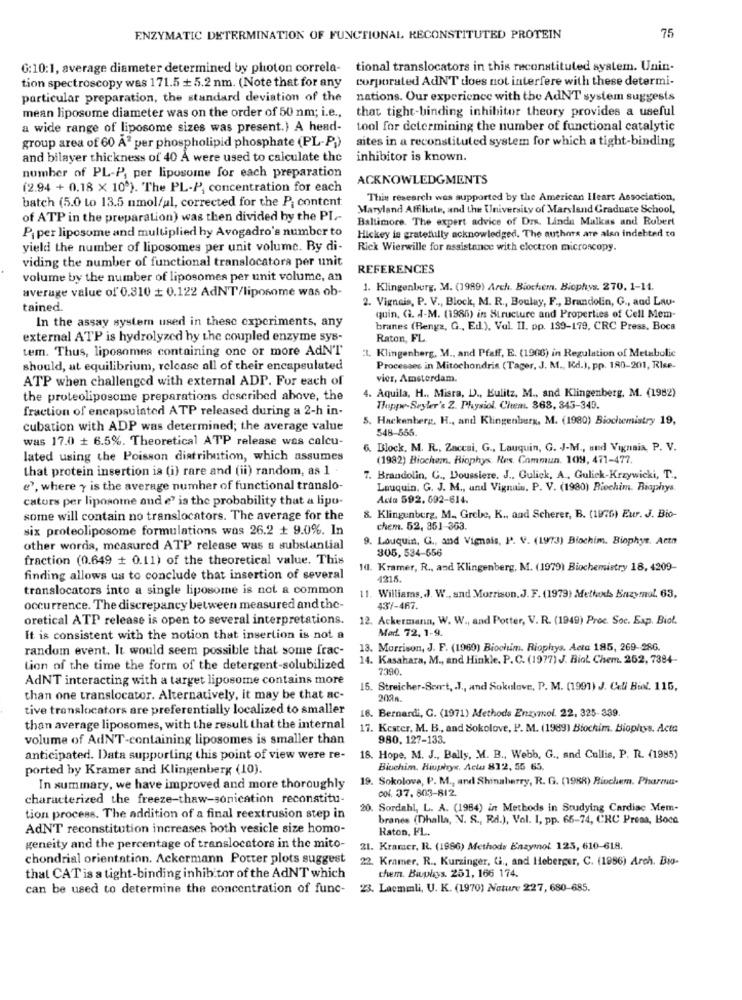
75
ENZYMATIC DETERMINATION OF FUNCTIONAL RECONSTITUTED PROTEIN
G:10:1, average diameter determined by photon correla- tional translocators in this reconstituted system. Unin-
corporated AdNT does not interfere with these determi-
tion spectroscopy was 171.5 + 5.2 nm. (Note that for any
particular preparation, the standard deviation of the
nations. Our experience with the AdNT system suggests
that tight-binding inhibitor theory provides a useful
mean liposome diameter was on the order of 50 nm; i.e .,
a wide range of liposome sizes was present.) A head-
tool for determining the number of functional catalytic
group area of 60 A2 per phospholipid phosphate (PL-P))
sites in a reconstituted system for which a tight-binding
and bilayer thickness of 40 A were used to calculate the
inhibitor is known.
number of PL-P, per liposome for each preparation
ACKNOWLEDGMENTS
(2.94 + 0.18 × 109). The PL-P, concentration for each
batch (5.0 Lo 13.5 nmol/ul, corrected for the P; content.
This research was supported by the American Heart Association,
Maryland Affiliate, and the University of Maryland Graduate School,
of ATP in the preparation) was then divided by the PI .-
Baltimore. The expert advice of Dr. Linda Malkas and Robert
P, per liposome and multiplied hy Avogadro's number to
Hickey is gratefully acknowledged. The authors are also indebted to
yield the number of liposomes per unit volume. By di-
Rick Wierwille for assistance with electron microscopy.
viding the number of functional translocatora per unit
REFERENCES
volume by the number of liposomes per unit volume, an
average value of 0.810 + 0.122 AdNT/liposome was ob-
1. Klingenberg, M. (1989) Arch. Biochem. Biophys. 270. 1-11.
2. Vigneis, P. V ., Block, M. R ., Boulay, F ., Brandolin, G ., and Lau-
tained.
In the assay system used in these experiments, any
quin, G. d-M. (1986) in Structure and Properties of Cell Mem-
branes (Renga, G ., Ed.), Val. Il. pp. 139-179, CRC Press, Boca
external ATP is hydrolyzed by the coupled enzyme sys-
Raton, FL.
tem. Thus, liposomes containing one or more AdN'T
:1. Klingenberg, M ., and Pfaff, E. (1906) in Regulation of Metabolic
should, at equilibrium, release all of their encapsulated
Processes in Mitochondris (Tager, J. M ., Ed.), pp. 180-201, Rise-
ATP when challenged with external ADP. For each of
vier, Amsterdam.
4. Aquila, H .. Mista, D) ., Eulitz, M ., and Klingenberg, M. (1982)
the proteoliposome preparations described above, the
fraction of encapsulated ATP released during a 2-h in-
Thippre-Seyler's Z. Physiol. Chem. 368, 345-349.
S. Hackenberg, H ., and Klingenberg, M. (1980) Biochemistry 19,
cubation with ADP was determined; the average value
548-555
was 17.0 + 6.5%. Theoretical ATP release was calcu-
6. Block, M. R ., Zaccai. G ., Lauquin, G. J-M ., und Vignaia, P. V.
lated using the Poisson distribution, which assumes
(1982) Biochem. Riophys. Res. Commun. 109, 471-477.
that protein insertion is (i) rare and (ii) random, as 1
7. Brandolin, G ., Doussiere. J ., Gulick, A ., Gulick-Krzywicki, T .,
e', where y is the average number of functional translo-
Lauquin. G. J. M ., und Vignuis. P. V. (1990) Biochim. Biophys.
cators per liposome and e' is the probability that a lipo-
Acta 592. 692-614.
some will contain no translocators. The average for the
8. Klingenberg, M ., Grebe, K ., and Scherer, B. (1970) Eur. J. Bio-
six proteoliposome formulations was 26.2 + 9.0%. In
chem. 52, 851-363.
9. Louquin, G ., and Vignais, P. V. (1973) Biochim. Biophys. Actn
other words, measured ATP release was a substantial
305, 534-556
fraction (0.649 + 0.11) of the theoretical value. This
10. Kramer, R ., and Klingenberg, M. (1979) Biochemistry 18, 4209-
finding allows us to conclude that insertion of several
421.5.
translocators into a single liposome is not a common
11. Williams, J. W ., and Morrison. J. F. (1979) Methods Enzymol. 63,
occurrence. The discrepancy between measured and the-
437-467.
oretical ATP release is open to several interpretations.
12. Ackermann, W. W ., and Potter, V. R. (1949) Proc. Soc. Exp. Biol.
Med. 72, 1-9.
It is consistent with the notion that insertion is not a
random event. It would seem possible that some frac-
13. Morrison, J. F. (1960) Biochuim. Riophys. Acta 185, 269-286.
14. Kasahara, M ., and Hinkle. P.C. (1977) J. Biol Chem. 252, 7384-
tion of the time the form of the detergent-solubilized
7390
AdNT interacting with a target liposome contains more
15. Streicher-Sont, J ., and Sokulave, P. M. (1991) J. Cell Biol. 115,
than one translocator. Alternatively, it may be that ac-
202A
tive tronslocators are preferentially localized to smaller
16. Bernardi, G. (1971) Methods Enzymol. 22, 325-339.
than average liposomes, with the result that the internal
17. Kester, M. B ., and Sokolove, P. M. (1989) Biochim. Biop/tys. Acta
volume of AdNT-containing liposomes is smaller than
980, 127-133.
anticipated. Data supporting this point of view were re-
18. Hope, M. J ., Bally, . M. B ., Webb, G ., and Cullis, P. R. (1985)
ported by Kramer and Klingenberg (10).
Biuchim. Hiuphys. Actu 812, 55 65.
19. Sokolova, P. M ., and Shinaberry, R. G. (1988) Biochem. Pharma-
In summary, we have improved and more thoroughly
cof. 37. 803-812.
characterized the freeze-thaw-sonication reconstitu-
20. Sordahl, L. A. (1984) in Methods in Studying Cardiac Mem-
tion process. The addition of a final reextrusion step in
branes (Dhalla, N. S ., Rd.), Vol. I, pp. 65-74, CRC Press, Boca
AdNT reconstitution increases hoth vesicle size homo-
Raton, FL.
geneity and the percentage of translocators in the mito-
21. Kramer, R. (1986) Methods Enzymol 125, 610-618.
chondrial orientation. Ackermann Potter plots suggest
22. Kramer, R ., Kurzinger, G ., and Heberger, C. (1986) Arch. Bio-
them. Biuphys. 251, 166 174.
that CAT is a tight-binding inhibitor of the AdNT which
can be used to determine the concentration of func-
23. Lacmmli, U. K. (1970) Nature 227, 680-685.